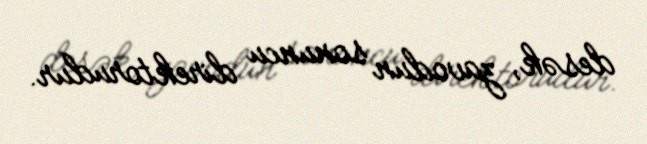
desək, zavodun sonuncu direktorudur.